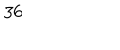
3 6